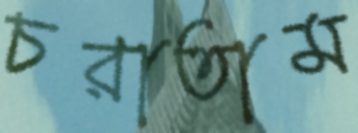
চরাতাম